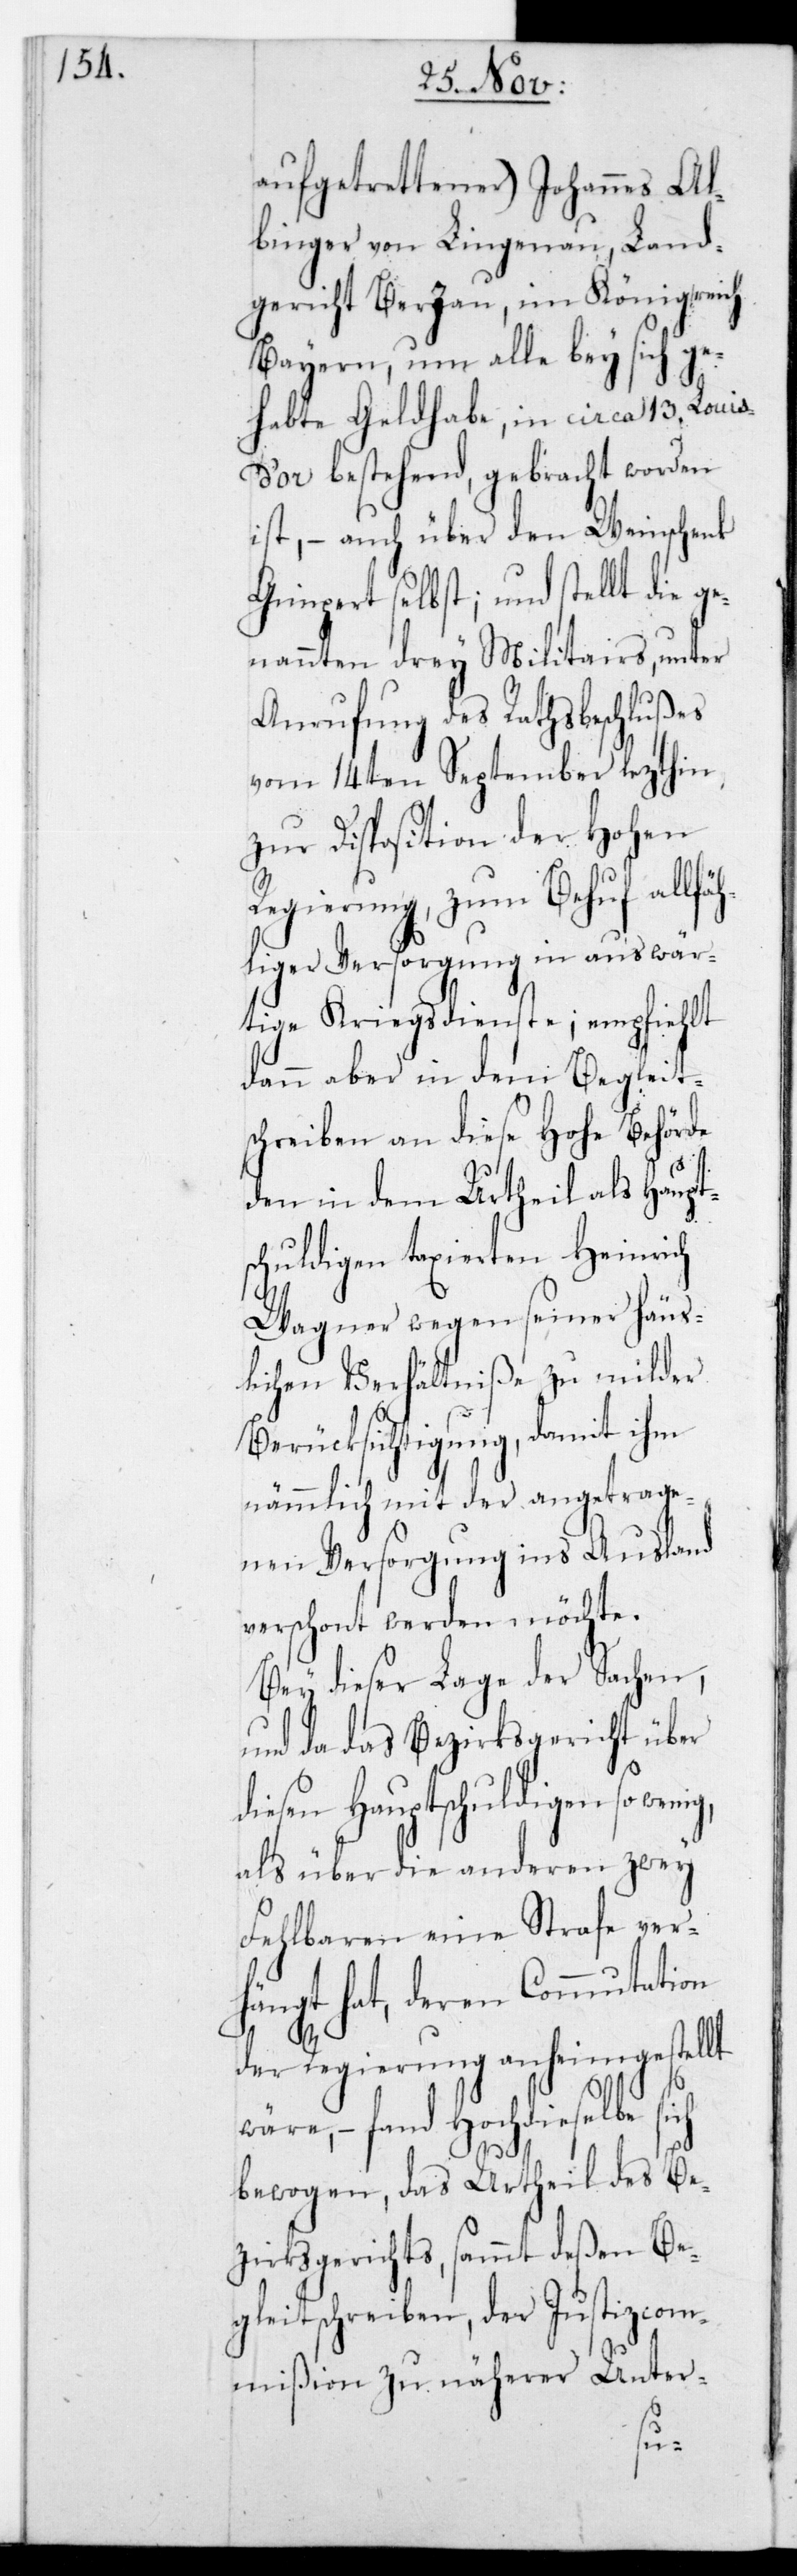
aufgetrettener) Johannes Al¬
binger von Lingenau, Land¬
gericht Berzau im Königreich
Bayern, um alle bey sich ge¬
habte Geldhabe, in circa 13. Louis
d’or bestehend, gebracht worden
ist, – auch über den Weinschenk
Gimpert selbst; und stellt die ge¬
nannten drey Militars unter
Anrufung des Rathsbeschlußes
vom 14ten September lezthin,
zur Disposition der Hohen
Regierung, zum Behuf allfä¬
hliger Versorgung in auswär¬
tige Kriegsdienste; empfiehlt
dann aber in dem Begleit¬
schreiben an diese Hohe Behörde
den in dem Urtheil als Haupt¬
schuldigen taxierten Heinrich
Wagner wegen seiner häus¬
lichen Verhältniße zu milder
Berücksichtigung, damit ihm
nämmlich mit der angetrage¬
nen Versorgung ins Ausland
verschont werden möchte.
Bey dieser Lage der Sachen,
und da das Bezirksgericht über
diesen Hauptschuldigen so wen¬
als über die anderen zwey
Fehlbaren eine Strafe ver¬
hängt hat, deren Commutation
der Regierung anheimgestellt
re, – fand Hochdieselbe
bewogen, das Urtheil des Be¬
zirksgerichts sammt deßen Be¬
gleitschreiben, der Justizcom¬
mißion zu näherer Unter-
wä¬